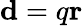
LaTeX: \mathbf{d}=q\mathbf{r}